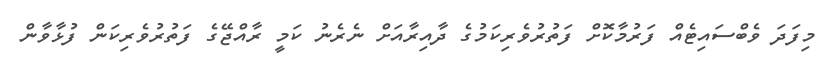
މިފަދަ ވެބްސައިޓެއް ފަރުމާކޮށް ފަތުރުވެރިކަމުގެ ދާއިރާއަށް ނެރެނު ކަމީ ރާއްޖޭގެ ފަތުރުވެރިކަން ފުޅާވާން